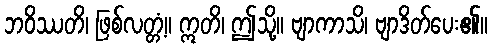
ဘဝိဿတိ၊ ဖြစ်လတ္တံ့။ ဣတိ၊ ဤသို့။ ဗျာကာသိ၊ ဗျာဒိတ်ပေး၏။